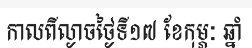
កាលពីល្ងាចថ្ងៃទី១៧ ខែកុម្ភៈ ឆ្នាំ